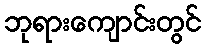
ဘုရားကျောင်းတွင်